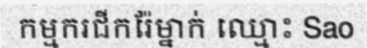
កម្មករជីករ៉ែម្នាក់ ឈ្មោះ Sao